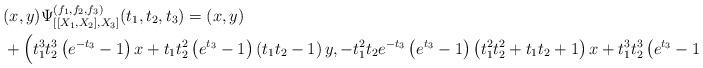
LaTeX: \begin{align*}&(x,y)\Psi_{[[X_1, X_2],X_3] }^{(f_1, f_2,f_3)}(t_1,t_2,t_3) = (x, y)\\&+\Big(t_1^3t_2^3\left(e^{-t_3} - 1\right)x + t_1t_2^2\left(e^{t_3} - 1\right)\left(t_1t_2 - 1\right)y, - t_1^2t_2e^{-t_3}\left(e^{t_3} - 1\right)\left(t_1^2t_2^2 + t_1t_2 + 1\right)x+t_1^3t_2^3\left(e^{t_3} - 1\right)y\Big)\end{align*}